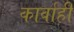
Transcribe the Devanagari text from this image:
कार्वाही